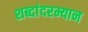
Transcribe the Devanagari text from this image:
शब्दांदरम्यान